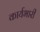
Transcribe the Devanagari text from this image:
कार्यभारी